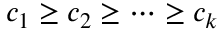
c _ { 1 } \geq c _ { 2 } \geq \cdots \geq c _ { k }